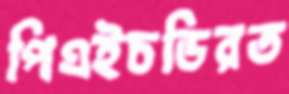
পিএইচডিরত